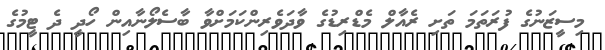
މިސީޒަނުގެ ފުރަތަމަ ތަށި ރެއާލް މެޑްރިޑުގެ ވާދަވެރިންކަމަށްވާ ބާސެލޯނާއިން ހޯދީ ދެ ޓީމުގެ